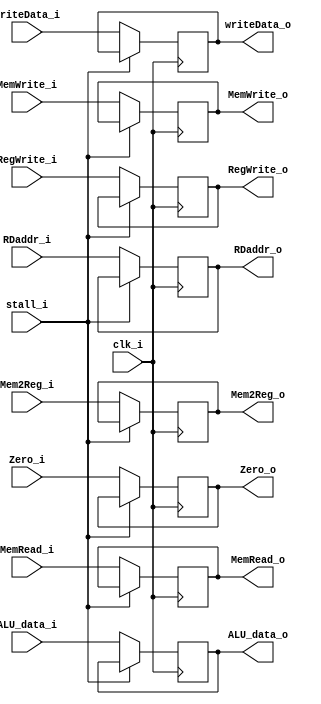
module EX_MEM(
    clk_i      ,
    RegWrite_i ,
    MemWrite_i ,
    MemRead_i  ,
    Mem2Reg_i  ,
    RegWrite_o ,
    MemWrite_o ,
    MemRead_o  ,
    Mem2Reg_o  ,

    Zero_i     ,
    ALU_data_i ,
    writeData_i,
    RDaddr_i   ,
    Zero_o     ,
    ALU_data_o ,
    writeData_o,
    RDaddr_o   ,

	stall_i    ,
);

input clk_i;
input RegWrite_i, MemWrite_i, MemRead_i, Mem2Reg_i, stall_i;
output reg RegWrite_o, MemWrite_o, MemRead_o, Mem2Reg_o;

input                 Zero_i;
input       [31:0]    ALU_data_i, writeData_i;
input       [4:0]     RDaddr_i;

output reg            Zero_o;
output reg  [31:0]    ALU_data_o, writeData_o;
output reg  [4:0]     RDaddr_o;


always @(posedge clk_i) begin
    if (stall_i == 1'b1) begin
		RegWrite_o <= RegWrite_o; 
    	MemWrite_o <= MemWrite_o; 
    	MemRead_o <= MemRead_o; 
    	Mem2Reg_o <= Mem2Reg_o;
    	Zero_o <= Zero_o;
    	ALU_data_o <= ALU_data_o;
    	writeData_o <= writeData_o;
    	RDaddr_o <= RDaddr_o;
	end
	else begin
		RegWrite_o <= RegWrite_i; 
    	MemWrite_o <= MemWrite_i; 
    	MemRead_o <= MemRead_i; 
    	Mem2Reg_o <= Mem2Reg_i;
    	Zero_o <= Zero_i;
    	ALU_data_o <= ALU_data_i;
    	writeData_o <= writeData_i;
    	RDaddr_o <= RDaddr_i;
	end
end
endmodule